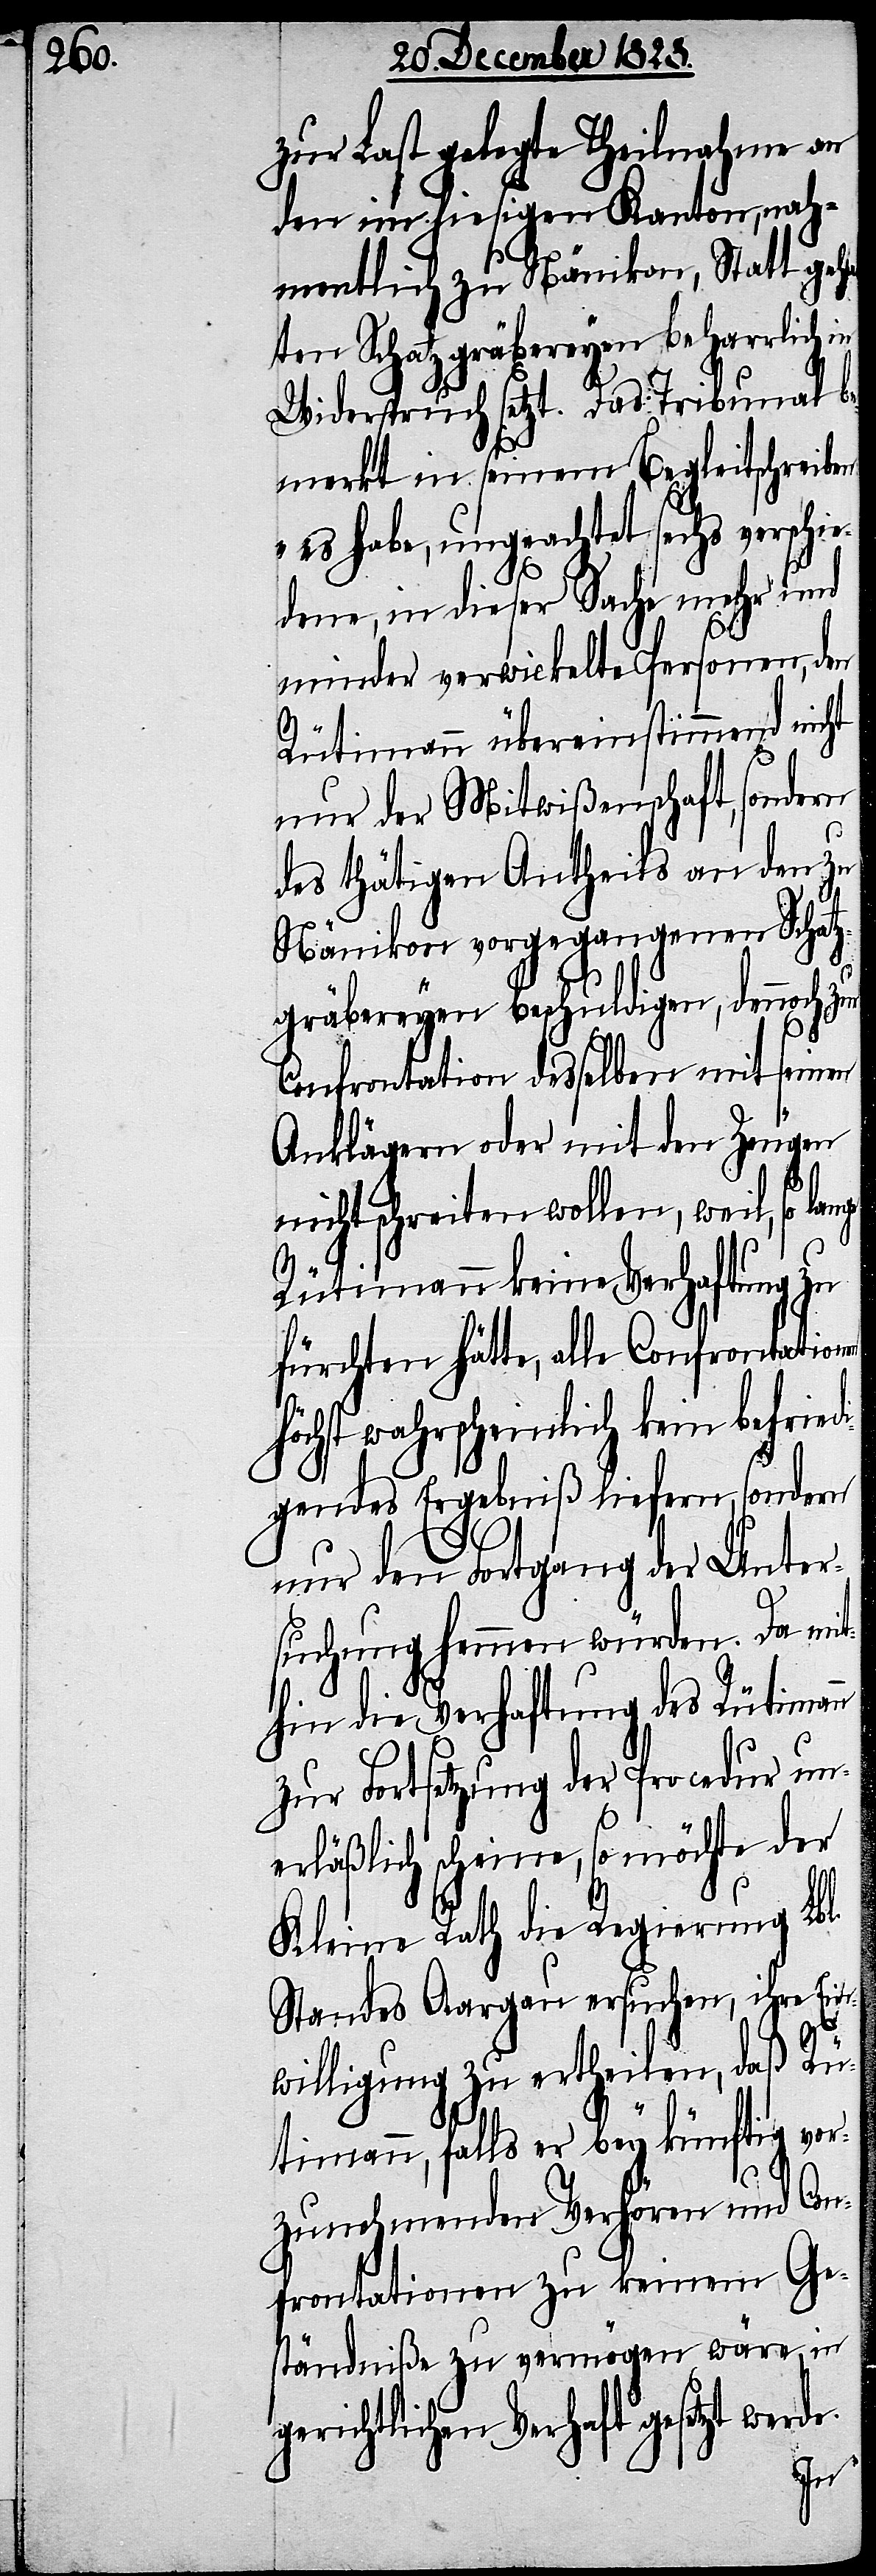
zur Last gelegte Theilnahme an
der im hiesigen Kanton, nah¬
mentlich zu Nänikon, Statt geha¬
bten Schatzgräbereyen beharrlich in
Widerspruch setzt. Das Tribunal be¬
merkt in seinem Begleitschreiben
„es habe, ungeachtet sechs verschi¬
edene, in dieser Sache mehr und
minder verwickelte Personen, den
Rütimann übereinstimmend nicht
nur der Mitwißenschaft, sondern
des thätigen Antheils an den zu
Nänikon vorgegangenen Schatz¬
gräbereyen beschuldigen, dennoch zur
Confrontation desselben mit seinen
Anklägern oder mit den Zeugen
nicht schreiten wollen, weil, so lan¬
ge
Rütimann keine Verhaftung zu
fürchten hätte, alle Confrontation¬
höchst wahrscheinlich kein befriedi¬
gendes Ergebniß liefern, sondern
nur den Fortgang der Unter¬
suchung hemmen würden, da mi¬
thin die Verhaftung des Rütiman¬
zur Fortsetzung der Procedur un¬
erläßlich scheine, so möchte der
Kleine Rath die Regierung Lbl.
Standes Aargau ersuchen, ihre Ein¬
willigung zu ertheilen, daß Rü¬
timann, falls er bey künftig vor¬
zunehmenden Verhören und Con¬
frontationen zu keinem Ge¬
ständniße zu vermögen wäre, in
gerichtlichen Verhaft gesetzt wer¬
de.